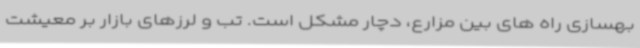
بهسازی راه های بین مزارع، دچار مشکل است. تب و لرزهای بازار بر معیشت